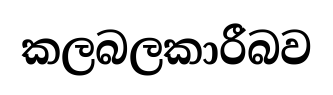
කලබලකාරීබව